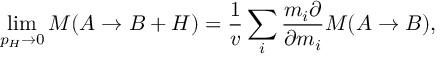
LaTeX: \operatorname * { l i m } _ { p _ { H } \to 0 } { \cal M } ( A \to B + H ) = { \frac { 1 } { v } } \sum _ { i } { \frac { m _ { i } \partial } { \partial m _ { i } } } { \cal M } ( A \to B ) ,